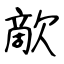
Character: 歒